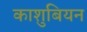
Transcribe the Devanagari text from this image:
काशुबियन